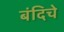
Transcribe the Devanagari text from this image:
बंदिचे